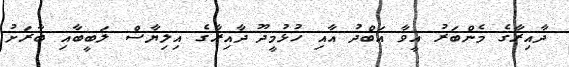
ދާއިރާގެ މެންބަރު އީވާ އަބްދު އާއި ހުޅުމީދޫ ދާއިރާގެ އިލިޔާސް ލަބީބާއި ބާރަށު